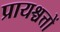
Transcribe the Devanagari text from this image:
प्रायश्चत्तों